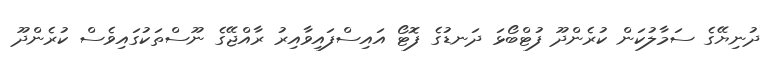
ދުނިޔޭގެ ސަމާލުކަން ކުރެންދޫ ފުޓްބޯޅަ ދަނޑުގެ ފޮޓޯ އައިސްފައިވާއިރު ރާއްޖޭގެ ނޫސްތަކުގައިވެސް ކުރެންދޫ